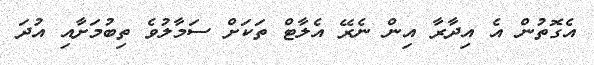
އެގޮތުން އެ އިދާރާ އިން ނެރޭ އެލާޓް ތަކަށް ސަމާލުވެ ތިބުމަށާއި އުދަ